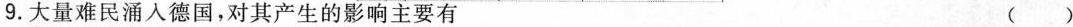
9. 大量难民涌入德国，对其产生的影响主要有 ()